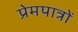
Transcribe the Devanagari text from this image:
प्रेमपात्रों